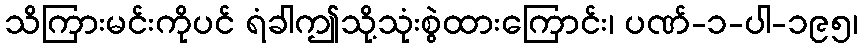
သိကြားမင်းကိုပင် ရံခါဤသို့သုံးစွဲထားကြောင်း၊ ပဏ်-၁-ပါ-၁၉၅၊